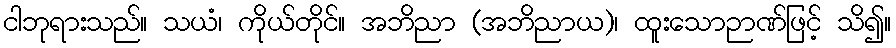
ငါဘုရားသည်။ သယံ၊ ကိုယ်တိုင်။ အဘိညာ (အဘိညာယ)၊ ထူးသောဉာဏ်ဖြင့် သိ၍။